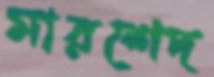
মারশেদ